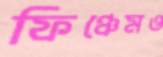
ফিঞ্চেমও